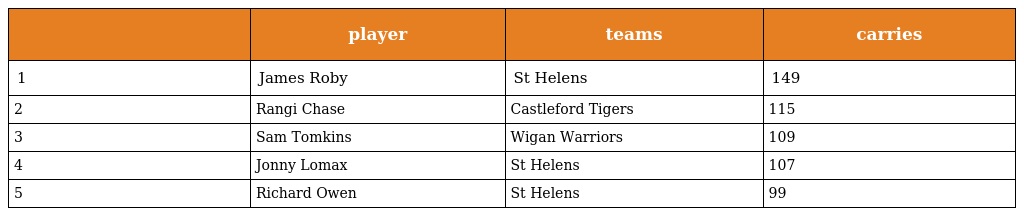
|  | player | teams | carries |
 | --- | --- | --- | --- |
 | 1 | James Roby | St Helens | 149 |
 | 2 | Rangi Chase | Castleford Tigers | 115 |
 | 3 | Sam Tomkins | Wigan Warriors | 109 |
 | 4 | Jonny Lomax | St Helens | 107 |
 | 5 | Richard Owen | St Helens | 99 |